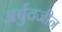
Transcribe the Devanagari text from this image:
अर्बुदजीन